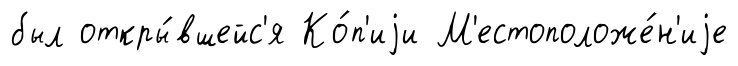
был откры́вшейс'я Ко́п'иjи М'естоположе́н'иjе